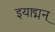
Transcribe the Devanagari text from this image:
इयाद्मन्